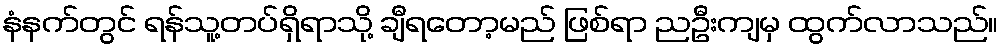
နံနက်တွင် ရန်သူ့တပ်ရှိရာသို့ ချီရတော့မည် ဖြစ်ရာ ညဦးကျမှ ထွက်လာသည်။